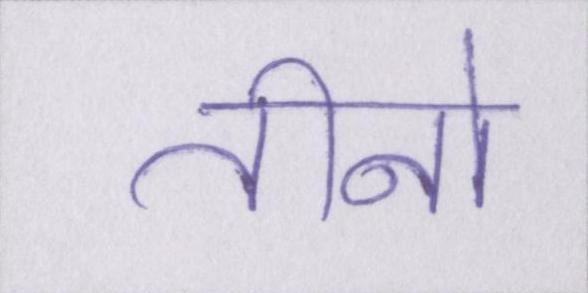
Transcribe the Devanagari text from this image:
तीनो